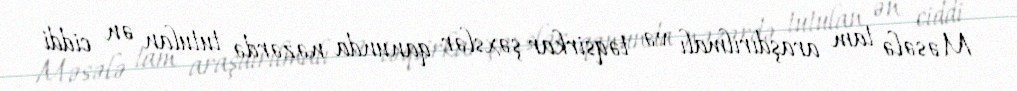
Məsələ tam araşdırılmalı və təqsirkar şəxslər qanunda nəzərdə tutulan ən ciddi